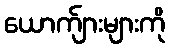
ယောက်ျားများကို